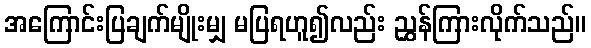
အကြောင်းပြချက်မျိုးမျှ မပြရဟူ၍လည်း ညွှန်ကြားလိုက်သည်။